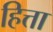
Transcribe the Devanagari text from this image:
हित्ता